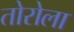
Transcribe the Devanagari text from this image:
तोरोला